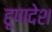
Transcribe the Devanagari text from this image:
हूणदेश